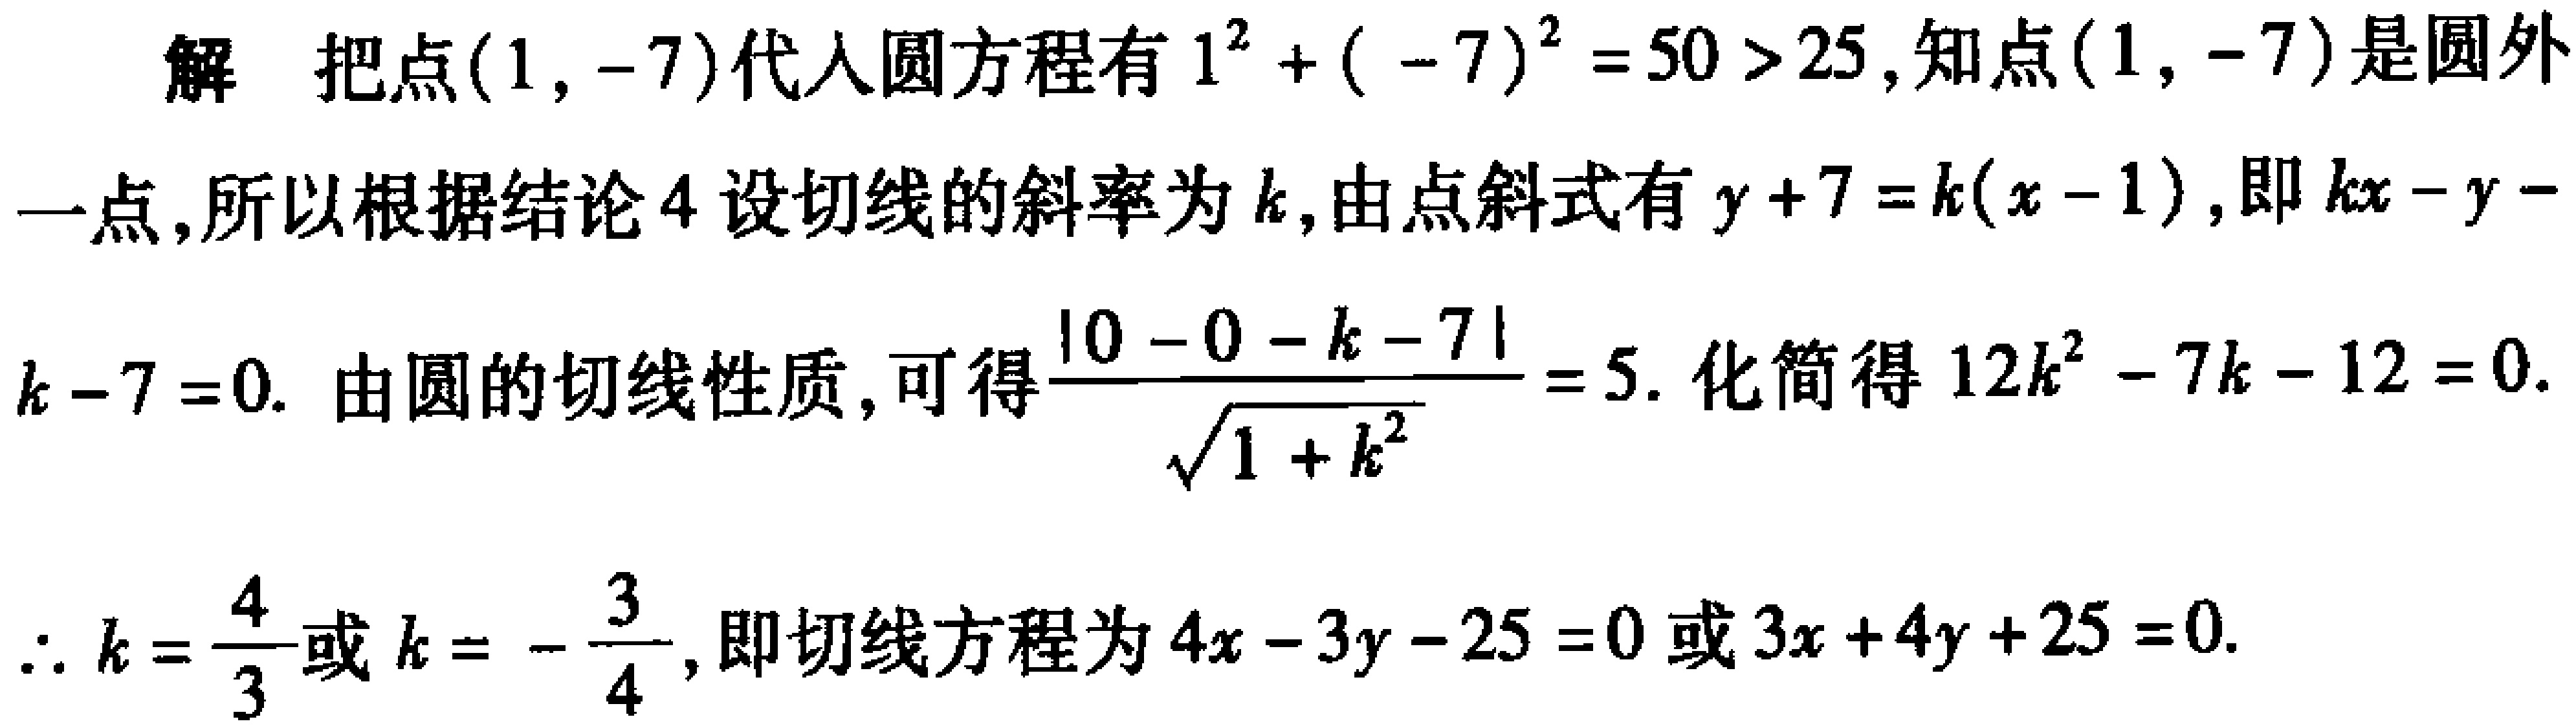
解 把点\((1, -7)\)代入圆方程有\(1^{2}+(-7)^{2}=50>25\),知点\((1, -7)\)是圆外
一点,所以根据结论4设切线的斜率为\(k\),由点斜式有\(y + 7=k(x - 1)\),即\(kx - y -
k - 7 = 0\). 由圆的切线性质,可得\(\frac{|0 - 0 - k - 7|}{\sqrt{1 + k^{2}}}=5\). 化简得\(12k^{2}-7k - 12 = 0\).
\(\therefore k=\frac{4}{3}\)或\(k=-\frac{3}{4}\),即切线方程为\(4x - 3y - 25 = 0\)或\(3x + 4y + 25 = 0\).